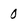
Character: 0